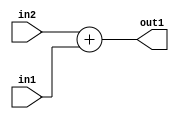
`timescale 1ps / 1ps
/*****************************************************************************
    Verilog RTL Description
    
    
    Created by: Stratus DpOpt 2019.1.01 
*******************************************************************************/

module st_weight_addr_gen_Add_16Sx9U_16S_4_2 (
	in2,
	in1,
	out1
	); /* architecture "behavioural" */ 
input [15:0] in2;
input [8:0] in1;
output [15:0] out1;
wire [15:0] asc001;

assign asc001 = 
	+(in2)
	+(in1);

assign out1 = asc001;
endmodule

/* CADENCE  ubLyQwE= : u9/ySgnWtBlWxVPRXgAZ4Og= ** DO NOT EDIT THIS LINE ******/